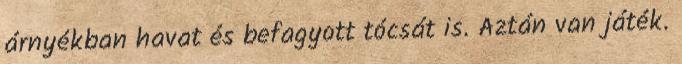
árnyékban havat és befagyott tócsát is. Aztán van játék.